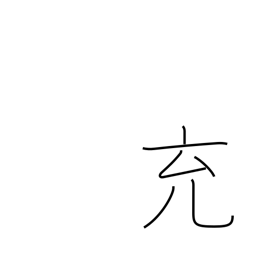
Meaning: fill